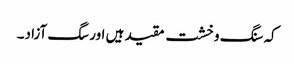
کہ سنگ و خشت مقید ہیں اور سگ آزاد۔